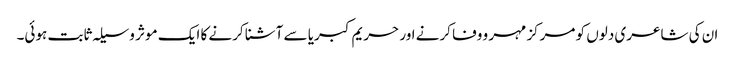
ان کی شاعری دلوں کو مرکز مہر و وفا کرنے اور حریم کبریا سے آشنا کرنے کا ایک موثر وسیلہ ثابت ہوئی۔